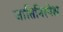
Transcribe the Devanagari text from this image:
जातिनिरपेक्ष